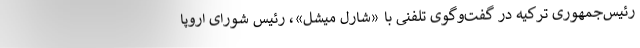
رئیس‌جمهوری ترکیه در گفت‌و‌گوی تلفنی با «شارل میشل»، رئیس شورای اروپا